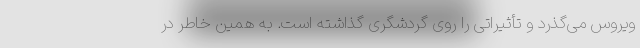
ویروس می‌گذرد و تأثیراتی را روی گردشگری گذاشته است. به همین خاطر در